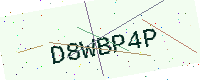
Text: D8WBP4P